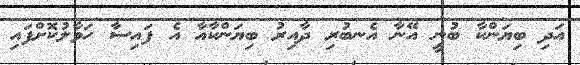
އަދި ބިޔަންކާ ބުނީ އޭނާ އެނބުރި ދާއިރު ބިޔަންކާއާ އެ ފައިސާ ހަވާލުކޮށްފައި